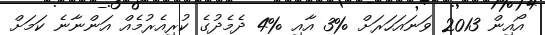
އޯއިން 2013 ވަނައަހަރަށް %3 އާއި %4 ދެމެދުގެ ކުރިއެރުމެއް އަންނާނެ ކަމަށް